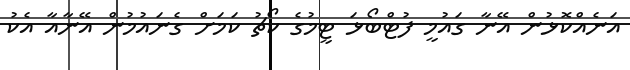
އަނެއްކޮޅުން އޭނާ ގައުމީ ފުޓްބޯޅަ ޓީމުގެ ކޯޗު ކަމަށް ގެނައުމުން އޭނާއާ އެކު